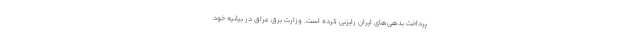
پرداخت بدهی‌های ایران رایزنی کرده است. وزارت برق عراق در بیانیه خود